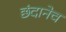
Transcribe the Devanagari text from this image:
छंदानेच